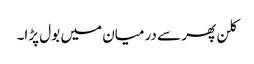
کلن پھر سے درمیان میں بول پڑا۔